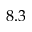
8 . 3